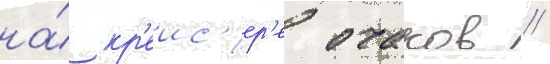
на́ кр'еис'ер'е очаков /